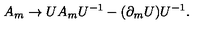
A _ { m } \rightarrow U A _ { m } U ^ { - 1 } - ( \partial _ { m } U ) U ^ { - 1 } .